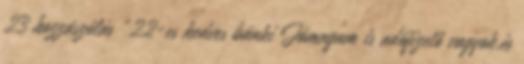
23 hozzászólás „22-es kedves bánki Jómagam is adófizető vagyok,és